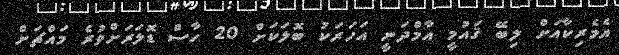
އެމެރިކާއަށް ލިބޭ ޤައުމީ އާމްދަނީ އަހަރަކު ބޮލަކަށް 20 ހާސް ޑޮލަރަށްވުރެ މައްޗަށް